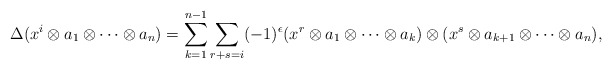
\begin{align*}\Delta(x^i\otimes a_1\otimes \cdots \otimes a_n)=\sum_{k=1}^{n-1}\sum_{r+s=i} (-1)^\epsilon (x^r\otimes a_1\otimes \cdots \otimes a_k)\otimes (x^s\otimes a_{k+1}\otimes \cdots \otimes a_n),\end{align*}